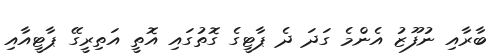
ބާރާއި ނުފޫޒު އެންމެ ގަދަ ދެ ޕާޓީގެ ގޮތުގައި އޮތީ އަތިރީގޭ ޕާޓީއާއި